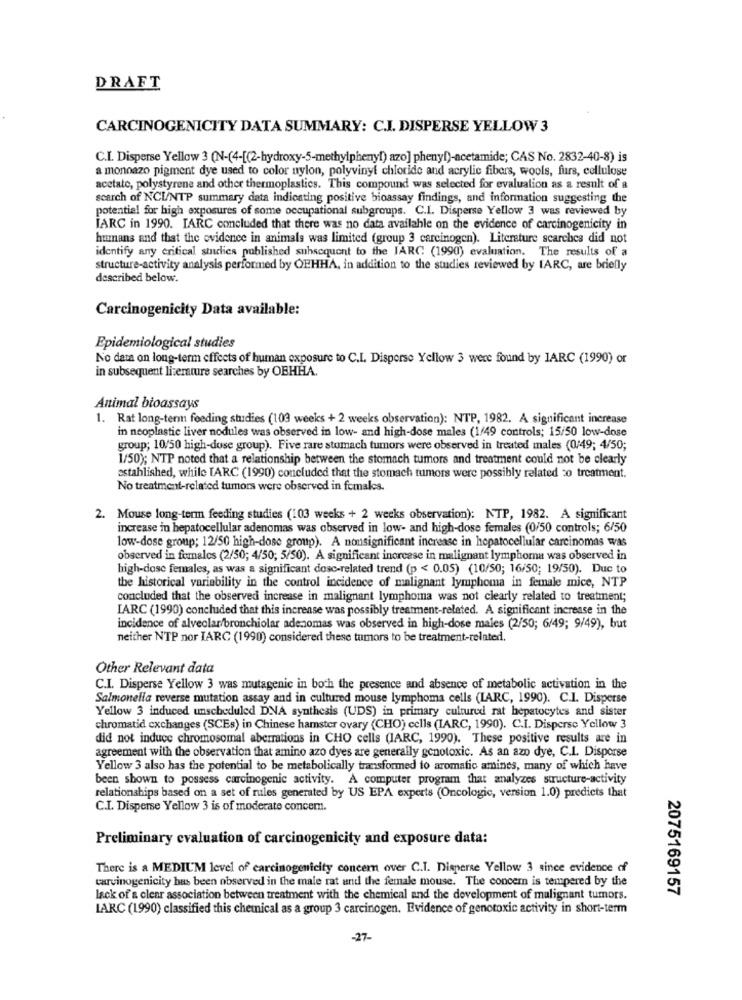
DRAFT
CARCINOGENICITY DATA SUMMARY: C.J. DISPERSE YELLOW 3
C.I. Disperse Yellow 3 (N-(4-[(2-hydroxy-5-methylpheny[) azo] phenyl)-acetamide; CAS No. 2832-40-8) is
a monnazo pigment dye used to color nylon, polyvinyl chloride and acrylic fibers, wools, furs, cellulose
acetato, polystyrene and other thermoplastics. This compound was selected for evaluation as a result of a
search of NCL/NTP summary data indicating positive bioassay findings, and information suggesting the
potential for high exposures of some occupational subgroups. C.I. Disperse Yellow 3 was reviewed by
IARC in 1990. IARC concluded that there was no data available on the evidence of carcinogenicity in
humans and that the evidence in animals was limited (group 3 carcinogen). Literature searches did not
identify any critical studies published subsequent to the IARC (1990) evaluation. The results of a
structure-activity analysis performed by OEHHA, in addition to the studies reviewed by IARC, are briefly
described below.
Carcinogenicity Data available:
Epidemiological studies
No data on long-term effects of human exposure to C.I. Disperse Yellow 3 were found by IARC (1990) or
in subsequent literature searches by OBHHA.
Animal bioassays
1. Rat long-term feeding studies (103 weeks + 2 weeks observation): NTP, 1982. A significant increase
in neoplastic liver nodules was observed in low- and high-dose males (1/49 controls; 15/50 low-dose
group; 10/50 high-dose group). Five rare stomach tumors were observed in treated males (0/49; 4/50;
1/50); NTP noted that a relationship between the stomach tumors and treatment could not be clearly
established, while TARC (1990) concluded that the stomach tumors were possibly related 20 treatment.
No treatment-related tumors were observed in females.
2. Mouse long-term feeding studies (103 weeks + 2 weeks observation): NTP, 1982. A significant
increase in hepatocellular adenomas was observed in low- and high-dose females (0/50 controls; 6/50
low-dose group; 12/50 high-dose group). A nonsignificant increase in hepatocellular carcinomas was
observed in females (2/50; 4/50; 5/50). A significant increase in malignant lymphoma was observed in
high-dose females, as was a significant dosc-related trend (p < 0.05) (10/50; 16/50; 19/50). Due to
the historical variability in the control incidence of malignant lymphoma in female mice, NTP
concluded that the observed increase in malignant lymphoma was not clearly related to treatment;
IARC (1990) concluded that this increase was possibly treatment-related. A significant increase in the
incidence of alveolar/bronchiolar adenomas was observed in high-dose males (2/50; 6/49; 9/49), but
neither NTP nor IARC (1990) considered these tumors to be treatment-related.
Other Relevant data
C.I. Disperse Yellow 3 was mutagenic in both the presence and absence of metabolic activation in the
Salmonella reverse mutation assay and in cultured mouse lymphoma cells (LARC, 1990). C.I. Disperse
Yellow 3 induced unscheduled DNA synthesis (UDS) in primary cultured rat hepatocytes and sister
chromatid cxchanges (SCEs) in Chinese hamster ovary (CHO) cells (IARC, 1990). C.I. Disperse Yellow 3
did not induce chromosomal aberrations in CHO cells (IARC, 1990). These positive results are in
agreement with the observation that amino azo dyes are generally genotoxic. As an azo dye, C.I. Disporse
Yellow 3 also has the potential to be metabolically transformed to aromatic amines, many of which have
been shown to possess carcinogenic activity. A computer program that analyzes structure-activity
relationships based on a set of rules generated by US EPA experts (Oncologic, version 1.0) predicts that
C.I. Disperse Yellow 3 is of moderate concem.
Preliminary evaluation of carcinogenicity and exposure data:
There is a MEDIUM level of carcinogenicity concern over C.I. Disperse Yellow 3 since evidence of
carcinogenicity bus been observed in the male rat and the female mouse. The concern is tempered by the
2075169157
lack of a clear association between treatment with the chemical and the development of malignant tumors.
LARC (1990) classified this chemical as a group 3 carcinogen. Evidence of genotoxic activity in short-term
-27-